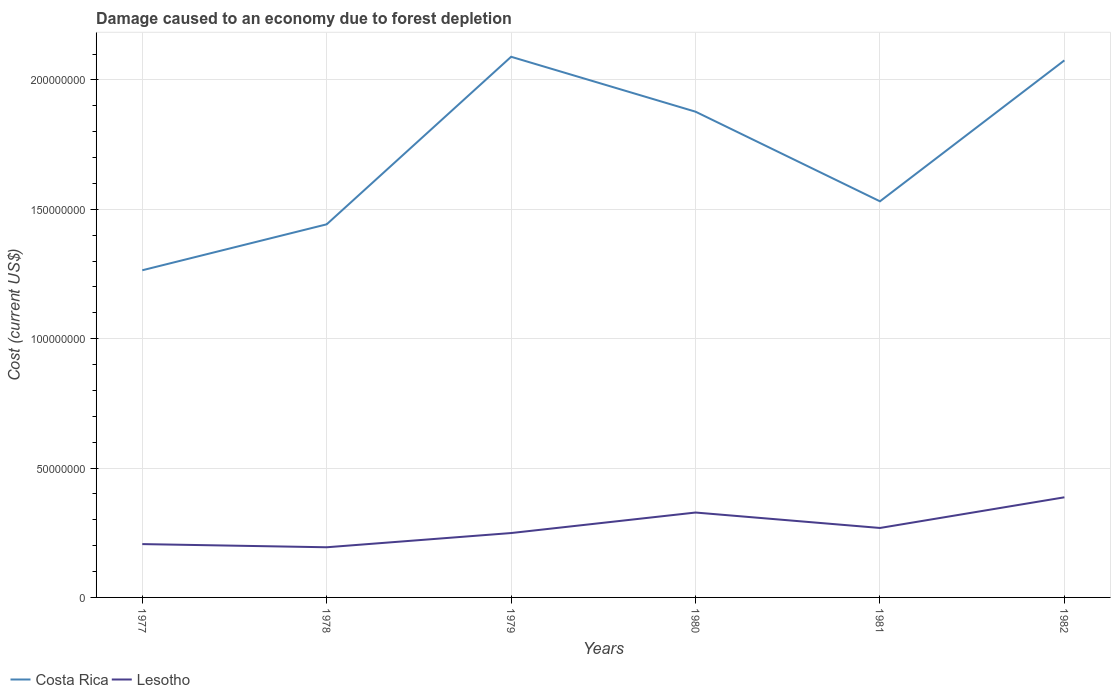
| Years | Costa Rica | Lesotho |
 | --- | --- | --- |
 | 1977 | 1.26e+08 | 2.06e+07 |
 | 1978 | 1.44e+08 | 1.94e+07 |
 | 1979 | 2.09e+08 | 2.49e+07 |
 | 1980 | 1.88e+08 | 3.28e+07 |
 | 1981 | 1.53e+08 | 2.68e+07 |
 | 1982 | 2.08e+08 | 3.87e+07 |